Subject: cs
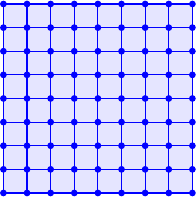
LaTeX code:
\begin{tikzpicture}
\filldraw[blue!10] (-1.2, -1.2) rectangle (1.2, 1.2);
\foreach \x in {-4, ..., 4}
{
	\draw[blue] (0.3 * \x, -1.2) -- +(0, 2.4);
	\draw[blue] (-1.2, 0.3 * \x) -- +(2.4, 0);
	\foreach \y in {-4, ..., 4}
	{
		\filldraw[blue] (0.3 * \x, 0.3 * \y) circle [radius=1pt];
	}
}
\end{tikzpicture}